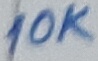
Text: 10K